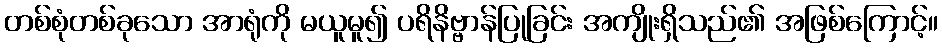
တစ်စုံတစ်ခုသော အာရုံကို မယူမူ၍ ပရိနိဗ္ဗာန်ပြုခြင်း အကျိုးရှိသည်၏ အဖြစ်ကြောင့်။